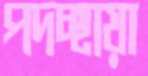
পদচ্ছায়া